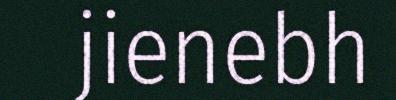
jienebh